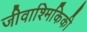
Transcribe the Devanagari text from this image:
जीवाश्मिकिकी